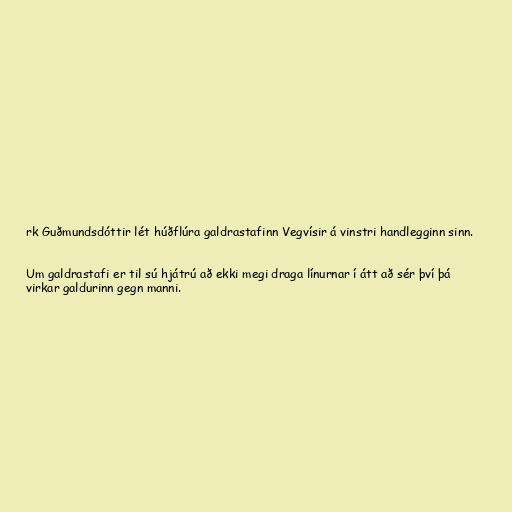
rk Guðmundsdóttir lét húðflúra galdrastafinn Vegvísir á vinstri handlegginn sinn.

Um galdrastafi er til sú hjátrú að ekki megi draga línurnar í átt að sér því þá
virkar galdurinn gegn manni.